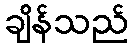
ချိန်သည်